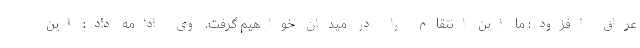
عراق افزود: ما این انتقام را در میدان خواهیم گرفت. وی ادامه داد: این